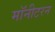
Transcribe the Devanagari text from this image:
मॉनीटरन